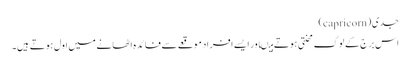
جدی(capricorn)
اس برج کے لوگ محنتی ہوتے ہیںاور ایسے افراد موقعے سے فائدہ اٹھانے میں اول ہوتے ہیں۔